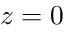
z = 0